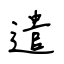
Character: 遣